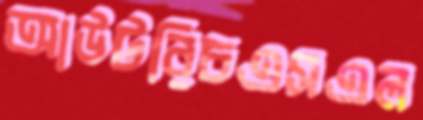
আউটরিচএসএল